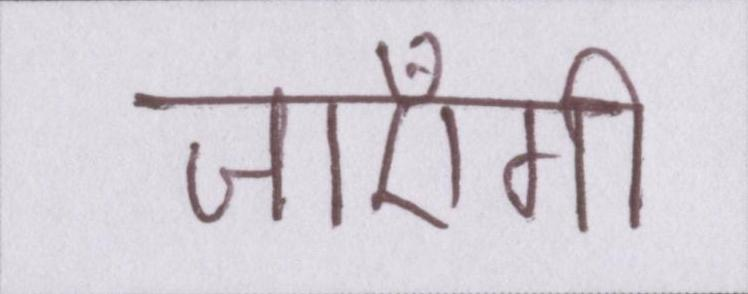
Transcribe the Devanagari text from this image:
जाएँगी